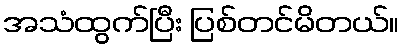
အသံထွက်ပြီး ပြစ်တင်မိတယ်။